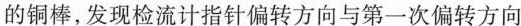
的铜棒，发现检流计指针偏转方向与第一次偏转方向